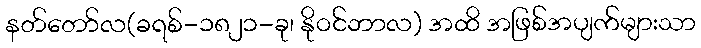
နတ်တော်လ(ခရစ်-၁၈၂၁-ခု၊ နိုဝင်ဘာလ) အထိ အဖြစ်အပျက်များသာ